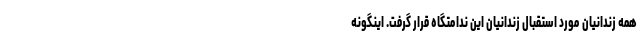
همه زندانیان مورد استقبال زندانیان این ندامتگاه قرار گرفت. اینگونه